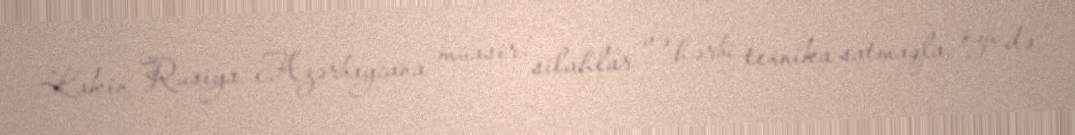
Lakin Rusiya Azərbaycana müasir silahlar və hərbi texnika satmaqla, özü də